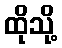
ထိုသို့